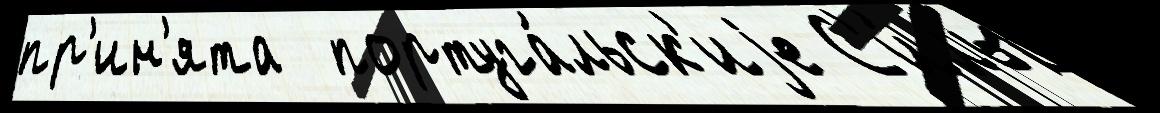
пр'ин'ята  португа́льск'иjе С'и́лы